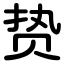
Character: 贽